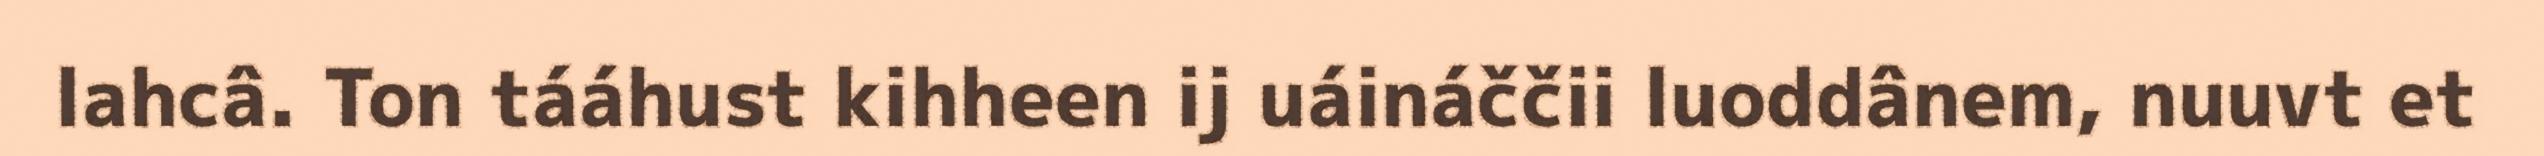
lahcâ. Ton tááhust kihheen ij uáináččii luoddânem, nuuvt et